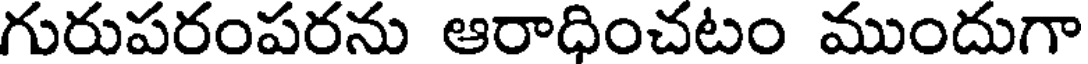
గురుపరంపరను ఆరాధించటం ముందుగా